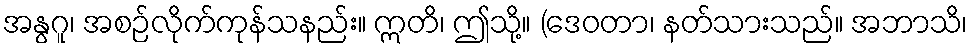
အနွဂူ၊ အစဉ်လိုက်ကုန်သနည်း။ ဣတိ၊ ဤသို့။ (ဒေဝတာ၊ နတ်သားသည်။ အဘာသိ၊